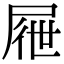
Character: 屜